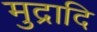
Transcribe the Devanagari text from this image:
मुद्रादि